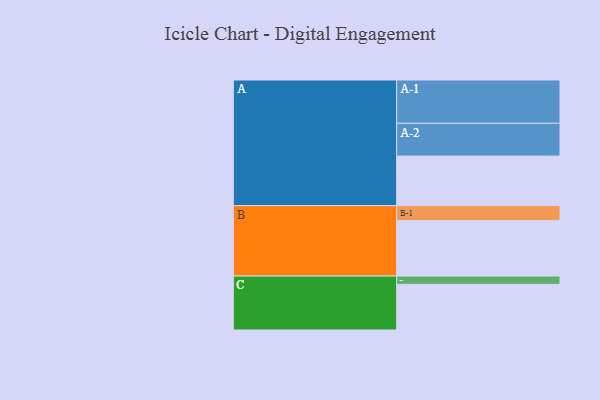
{"axis": {"x": "Segment", "y": "Value"}, "legend": ["", "A", "B", "C"], "data": [{"x": "A", "y": 340, "type": ""}, {"x": "B", "y": 380, "type": ""}, {"x": "C", "y": 313, "type": ""}, {"x": "A-1", "y": 297, "type": "A"}, {"x": "A-2", "y": 225, "type": "A"}, {"x": "B-1", "y": 103, "type": "B"}, {"x": "C-1", "y": 57, "type": "C"}]}